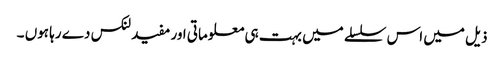
ذیل میں اس سلسلے میں بہت ہی معلوماتی اور مفید لنکس دے رہا ہوں ۔